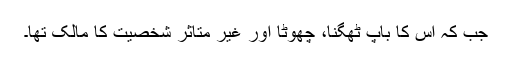
جب کہ اس کا باپ ٹھگنا، چھوٹا اور غیر متاثر شخصیت کا مالک تھا۔